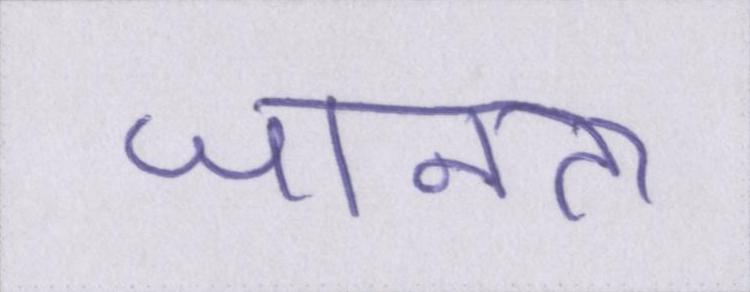
जानता